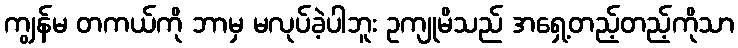
ကျွန်မ တကယ်ကို ဘာမှ မလုပ်ခဲ့ပါဘူး ဥကျုမိသည် အရှေ့တည့်တည့်ကိုသာ